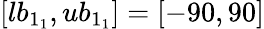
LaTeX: [lb_{1_{1}},ub_{1_{1}}]=[-90,90]